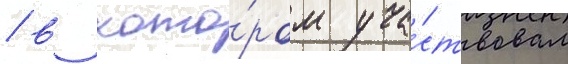
/ в кото́ром уча́ствовал